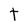
Character: t